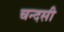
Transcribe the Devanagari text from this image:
चन्दसी